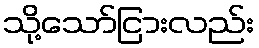
သို့သော်ငြားလည်း